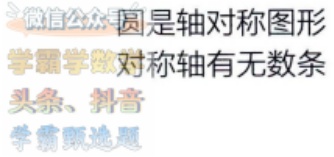
圆是轴对称图形

对称轴有无数条